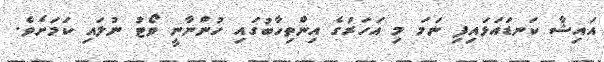
އައިޝާ ކަނޑައަޅައިފި ނަމަ މި އަހަރުގެ އިންތިހާބުގައި ހުންނާނީ ވޯޓު ނުލައި ކަމަށެވެ.